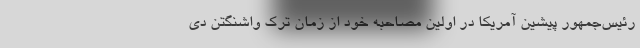
رئیس‌جمهور پیشین آمریکا در اولین مصاحبه خود از زمان ترک واشنگتن دی